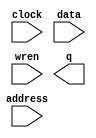
// megafunction wizard: %RAM: 1-PORT%VBB%
// GENERATION: STANDARD
// VERSION: WM1.0
// MODULE: altsyncram 

// ============================================================
// Megafunction Name(s):
// 			altsyncram
//
// Simulation Library Files(s):
// 			altera_mf
// ============================================================
// ************************************************************
// THIS IS A WIZARD-GENERATED FILE. DO NOT EDIT THIS FILE!
//
// 18.1.0 Build 625 09/12/2018 SJ Standard Edition
// ************************************************************

//Copyright (C) 2018  Intel Corporation. All rights reserved.
//Your use of Intel Corporation's design tools, logic functions 
//and other software and tools, and its AMPP partner logic 
//functions, and any output files from any of the foregoing 
//(including device programming or simulation files), and any 
//associated documentation or information are expressly subject 
//to the terms and conditions of the Intel Program License 
//Subscription Agreement, the Intel Quartus Prime License Agreement,
//the Intel FPGA IP License Agreement, or other applicable license
//agreement, including, without limitation, that your use is for
//the sole purpose of programming logic devices manufactured by
//Intel and sold by Intel or its authorized distributors.  Please
//refer to the applicable agreement for further details.

module bram23x16 (
	address,
	clock,
	data,
	wren,
	q);

	input	[3:0]  address;
	input	  clock;
	input	[22:0]  data;
	input	  wren;
	output	[22:0]  q;
`ifndef ALTERA_RESERVED_QIS
// synopsys translate_off
`endif
	tri1	  clock;
`ifndef ALTERA_RESERVED_QIS
// synopsys translate_on
`endif

endmodule

// ============================================================
// CNX file retrieval info
// ============================================================
// Retrieval info: PRIVATE: ADDRESSSTALL_A NUMERIC "0"
// Retrieval info: PRIVATE: AclrAddr NUMERIC "0"
// Retrieval info: PRIVATE: AclrByte NUMERIC "0"
// Retrieval info: PRIVATE: AclrData NUMERIC "0"
// Retrieval info: PRIVATE: AclrOutput NUMERIC "0"
// Retrieval info: PRIVATE: BYTE_ENABLE NUMERIC "0"
// Retrieval info: PRIVATE: BYTE_SIZE NUMERIC "8"
// Retrieval info: PRIVATE: BlankMemory NUMERIC "1"
// Retrieval info: PRIVATE: CLOCK_ENABLE_INPUT_A NUMERIC "0"
// Retrieval info: PRIVATE: CLOCK_ENABLE_OUTPUT_A NUMERIC "0"
// Retrieval info: PRIVATE: Clken NUMERIC "0"
// Retrieval info: PRIVATE: DataBusSeparated NUMERIC "1"
// Retrieval info: PRIVATE: IMPLEMENT_IN_LES NUMERIC "0"
// Retrieval info: PRIVATE: INIT_FILE_LAYOUT STRING "PORT_A"
// Retrieval info: PRIVATE: INIT_TO_SIM_X NUMERIC "1"
// Retrieval info: PRIVATE: INTENDED_DEVICE_FAMILY STRING "Arria II GX"
// Retrieval info: PRIVATE: JTAG_ENABLED NUMERIC "0"
// Retrieval info: PRIVATE: JTAG_ID STRING "NONE"
// Retrieval info: PRIVATE: MAXIMUM_DEPTH NUMERIC "0"
// Retrieval info: PRIVATE: MIFfilename STRING ""
// Retrieval info: PRIVATE: NUMWORDS_A NUMERIC "16"
// Retrieval info: PRIVATE: RAM_BLOCK_TYPE NUMERIC "0"
// Retrieval info: PRIVATE: READ_DURING_WRITE_MODE_PORT_A NUMERIC "2"
// Retrieval info: PRIVATE: RegAddr NUMERIC "1"
// Retrieval info: PRIVATE: RegData NUMERIC "1"
// Retrieval info: PRIVATE: RegOutput NUMERIC "0"
// Retrieval info: PRIVATE: SYNTH_WRAPPER_GEN_POSTFIX STRING "0"
// Retrieval info: PRIVATE: SingleClock NUMERIC "1"
// Retrieval info: PRIVATE: UseDQRAM NUMERIC "1"
// Retrieval info: PRIVATE: WRCONTROL_ACLR_A NUMERIC "0"
// Retrieval info: PRIVATE: WidthAddr NUMERIC "4"
// Retrieval info: PRIVATE: WidthData NUMERIC "23"
// Retrieval info: PRIVATE: rden NUMERIC "0"
// Retrieval info: LIBRARY: altera_mf altera_mf.altera_mf_components.all
// Retrieval info: CONSTANT: CLOCK_ENABLE_INPUT_A STRING "BYPASS"
// Retrieval info: CONSTANT: CLOCK_ENABLE_OUTPUT_A STRING "BYPASS"
// Retrieval info: CONSTANT: INTENDED_DEVICE_FAMILY STRING "Arria II GX"
// Retrieval info: CONSTANT: LPM_HINT STRING "ENABLE_RUNTIME_MOD=NO"
// Retrieval info: CONSTANT: LPM_TYPE STRING "altsyncram"
// Retrieval info: CONSTANT: NUMWORDS_A NUMERIC "16"
// Retrieval info: CONSTANT: OPERATION_MODE STRING "SINGLE_PORT"
// Retrieval info: CONSTANT: OUTDATA_ACLR_A STRING "NONE"
// Retrieval info: CONSTANT: OUTDATA_REG_A STRING "UNREGISTERED"
// Retrieval info: CONSTANT: POWER_UP_UNINITIALIZED STRING "TRUE"
// Retrieval info: CONSTANT: READ_DURING_WRITE_MODE_PORT_A STRING "DONT_CARE"
// Retrieval info: CONSTANT: WIDTHAD_A NUMERIC "4"
// Retrieval info: CONSTANT: WIDTH_A NUMERIC "23"
// Retrieval info: CONSTANT: WIDTH_BYTEENA_A NUMERIC "1"
// Retrieval info: USED_PORT: address 0 0 4 0 INPUT NODEFVAL "address[3..0]"
// Retrieval info: USED_PORT: clock 0 0 0 0 INPUT VCC "clock"
// Retrieval info: USED_PORT: data 0 0 23 0 INPUT NODEFVAL "data[22..0]"
// Retrieval info: USED_PORT: q 0 0 23 0 OUTPUT NODEFVAL "q[22..0]"
// Retrieval info: USED_PORT: wren 0 0 0 0 INPUT NODEFVAL "wren"
// Retrieval info: CONNECT: @address_a 0 0 4 0 address 0 0 4 0
// Retrieval info: CONNECT: @clock0 0 0 0 0 clock 0 0 0 0
// Retrieval info: CONNECT: @data_a 0 0 23 0 data 0 0 23 0
// Retrieval info: CONNECT: @wren_a 0 0 0 0 wren 0 0 0 0
// Retrieval info: CONNECT: q 0 0 23 0 @q_a 0 0 23 0
// Retrieval info: GEN_FILE: TYPE_NORMAL bram23x16.v TRUE
// Retrieval info: GEN_FILE: TYPE_NORMAL bram23x16.inc FALSE
// Retrieval info: GEN_FILE: TYPE_NORMAL bram23x16.cmp FALSE
// Retrieval info: GEN_FILE: TYPE_NORMAL bram23x16.bsf FALSE
// Retrieval info: GEN_FILE: TYPE_NORMAL bram23x16_inst.v FALSE
// Retrieval info: GEN_FILE: TYPE_NORMAL bram23x16_bb.v TRUE
// Retrieval info: LIB_FILE: altera_mf